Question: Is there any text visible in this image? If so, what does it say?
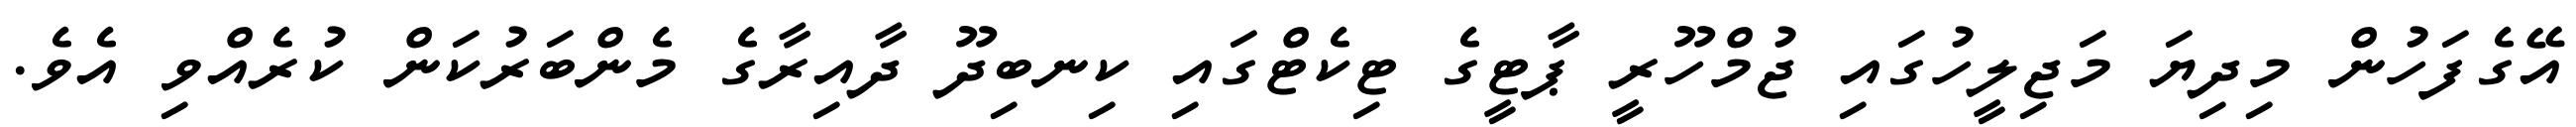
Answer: އޭގެފަހުން މިދިޔަ މަޖިލީހުގައި ޖުމްހޫރީ ޕާޓީގެ ޓިކެޓްގައި ކިނބިދޫ ދާއިރާގެ މެންބަރުކަން ކުރެއްވި އެވެ.